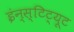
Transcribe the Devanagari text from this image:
इंन्स्टिट्यूट